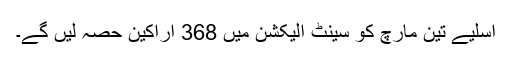
اسلیے تین مارچ کو سینٹ الیکشن میں 368 اراکین حصہ لیں گے۔